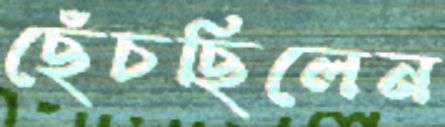
ছেঁচছিলেন